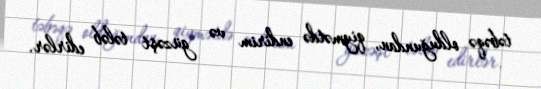
təbəqə olduğundan, qiymətdə endirim və güzəşt tələb edirlər.